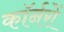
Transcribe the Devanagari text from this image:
कॉर्नरों